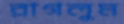
রাগলুম